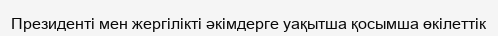
Президенті мен жергілікті әкімдерге уақытша қосымша өкілеттік